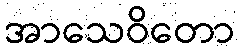
အာသေဝိတော